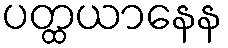
ပတ္ထယာနေန